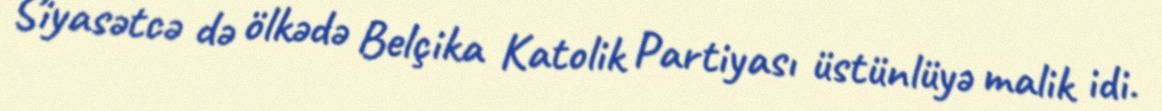
Siyasətcə də ölkədə Belçika Katolik Partiyası üstünlüyə malik idi.